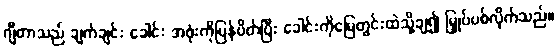
ဂျီတာသည် ချက်ချင်း ခေါင်း အဖုံးကိုပြန်ပိတ်ပြီး ခေါင်းကိုမြေတွင်းထဲသို့ချ၍ မြှုပ်ပစ်လိုက်သည်။